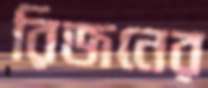
রিজনের